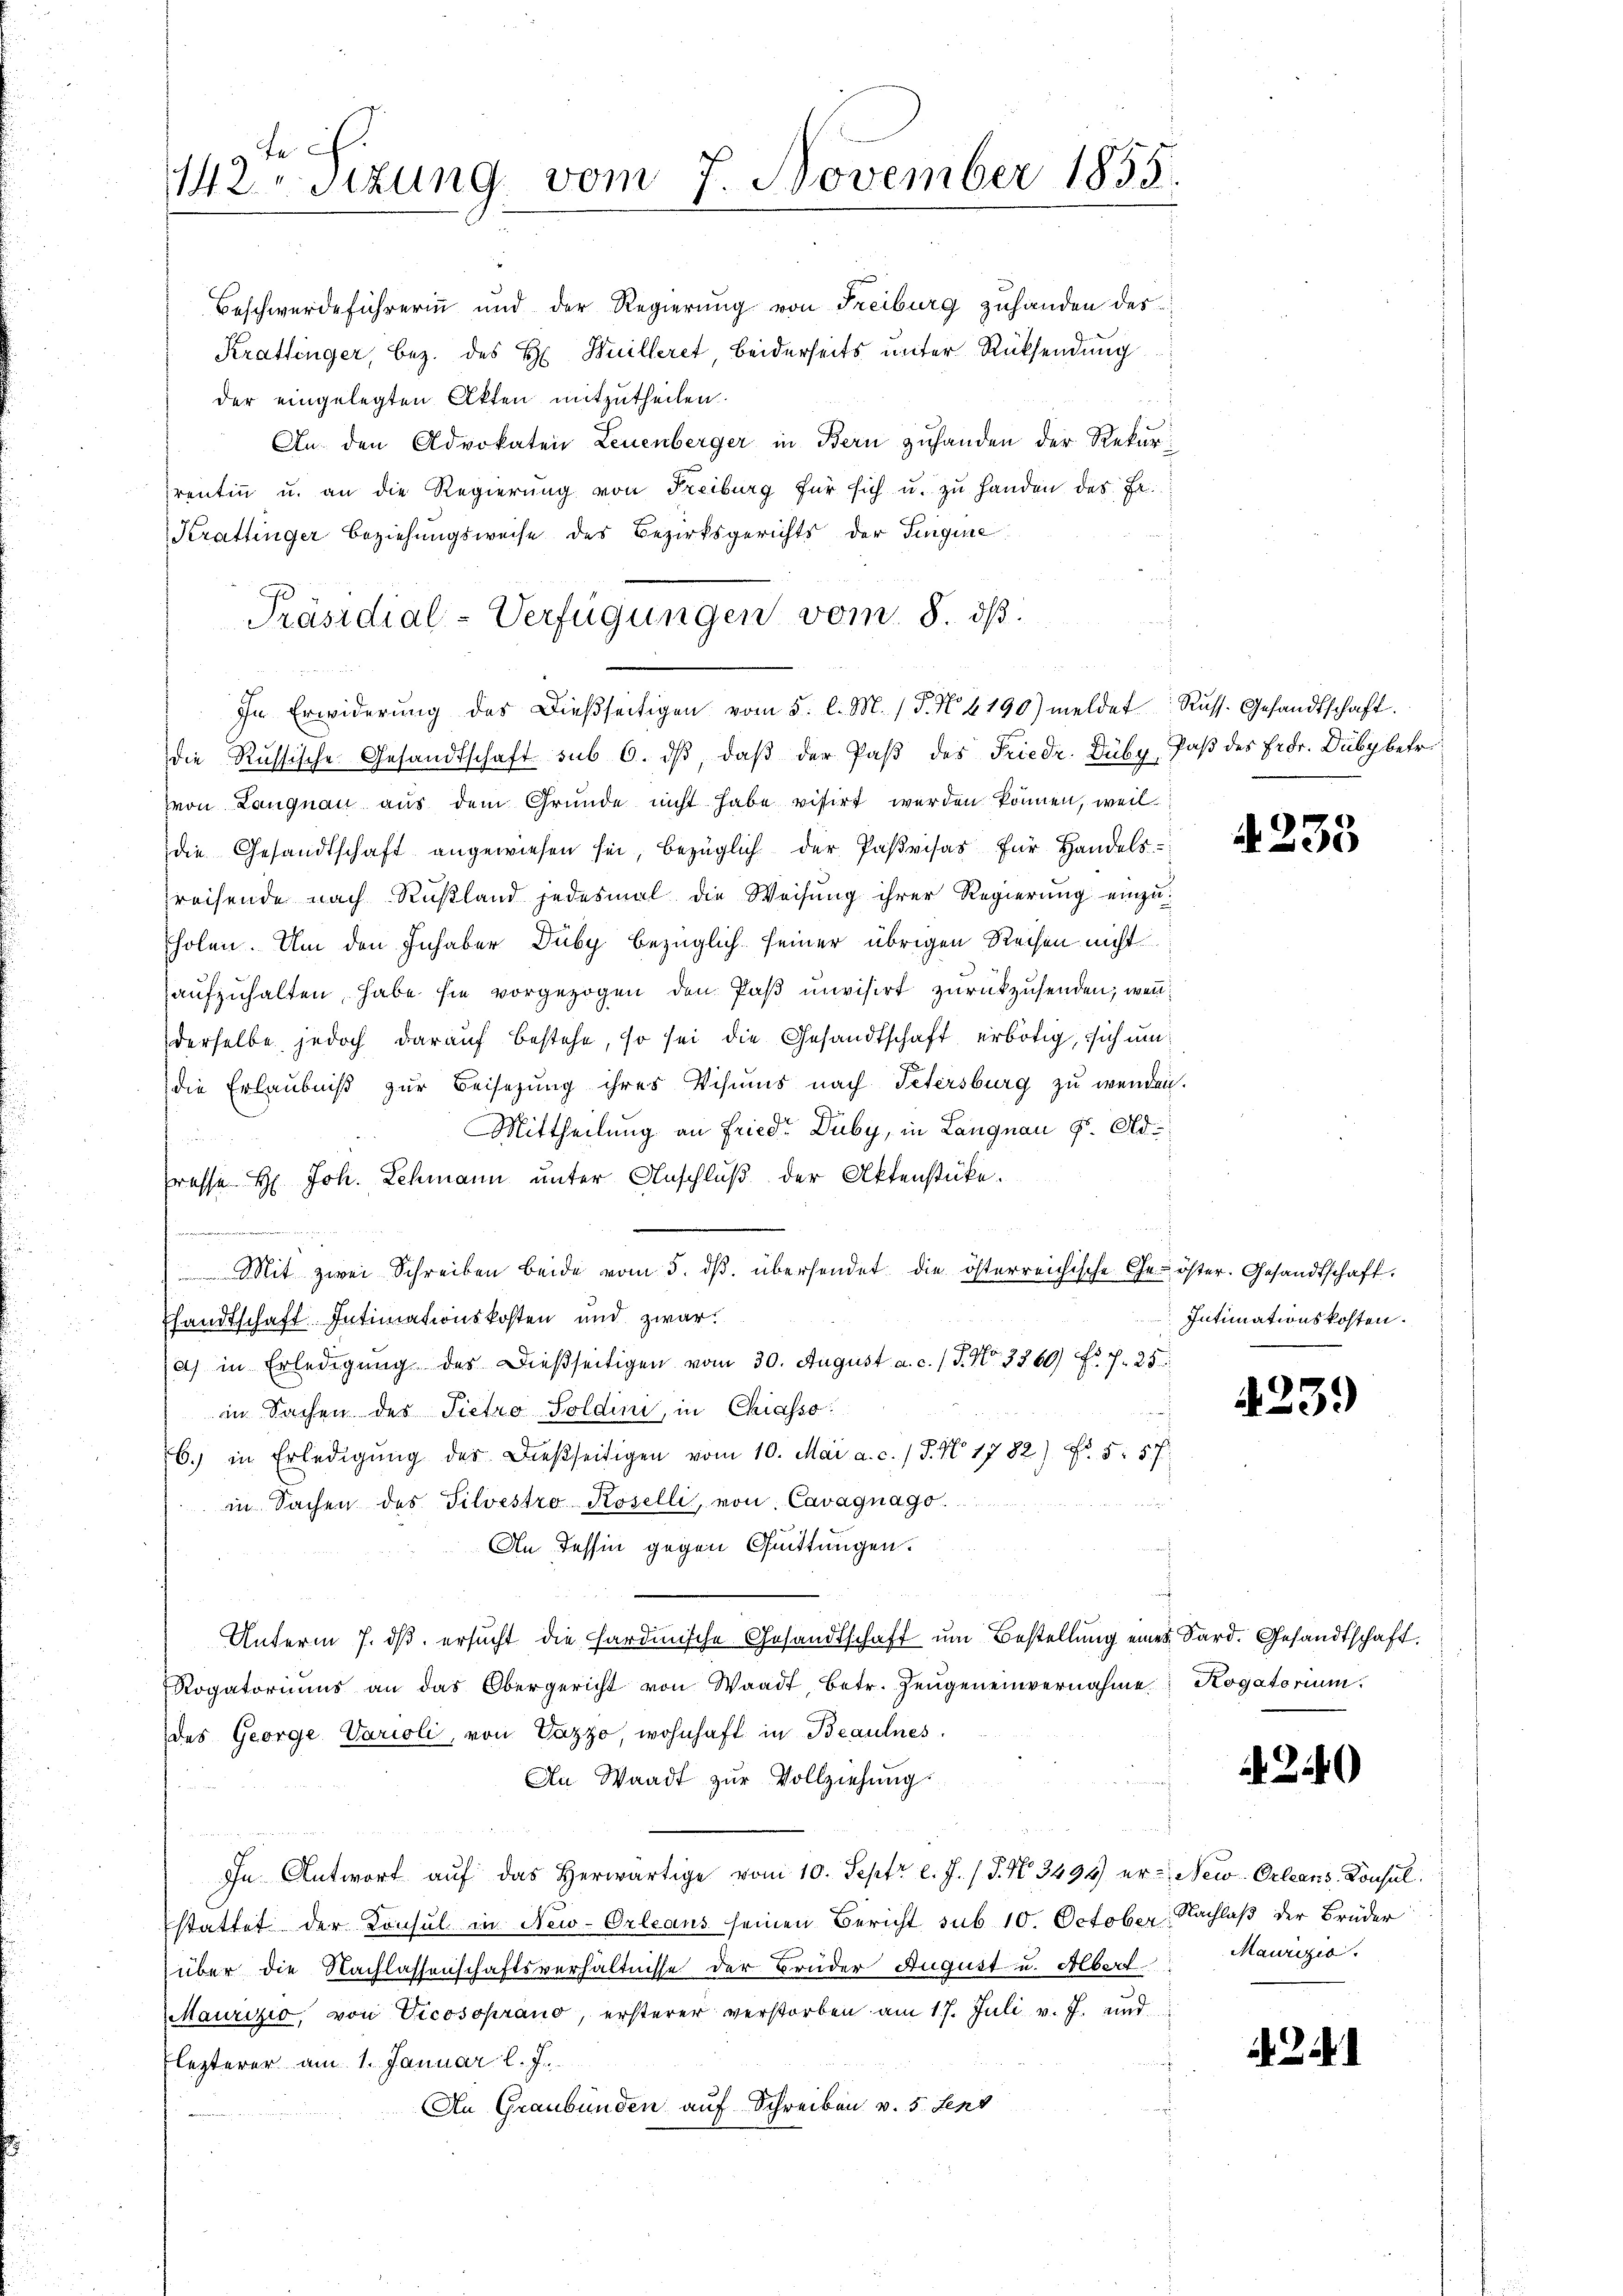
e
12 sizung vom 7. November 1855.

Beschwerdeführerinn und der Regierung von Freiburg zuhanden des
Krattinger, bez. des H: Huilleret, beiderseits unter Rücksendung
der eingelegten Akten mitzutheilen.
An den Advokaten Leuenberger in Bern zuhanden der Rekurrentin u. an die Regierung von Freiburg für sich u. zŭ handen des Fe
Krattinger Beziehungsweise des Bezirksgerichts der Fingine
von Langnau aus dem Grunde nicht habe visirt werden können, weil
die Gesandtschaft angewiesen sei, bezüglich der Pasvisas für Handels-
reisende nach Rußland jedesmal die Weisung ihrer Regierung einzuholen. Um den Inhaber Duby bezüglich seiner übrigen Reisen nicht
aufzuhalten habe sie vorgezogen den Paß inivisirt zurückzusenden; wenn
derselbe jedoch darauf bestehe, so sei die Gesandtschaft erbötig, sich um
die Erlaubniß zur Beisezung ihres Visums nach Petersburg zu wenden.
Mittheilung an Friedr Duby, in Langnau v. Ad¬

resse H. Joh. Schmann unter Anschluß der Aktenstücke.
e
Mit zwei Schreiben beide vom 5. dβ. übersendet die österreichische Ge- öster. Gesandtschaft,
sandtschaft Intimationskosten und zwar
a) in Erledigŭng des Dießseitigen vom 30. August a. c. l. J. No. 3360 fr. f. 25
in Sachen der Pietro Soldini, in Chiasso
6.) in Erledigŭng des dießseitigen vom 10. Mai a. c. 1 S. Nr. 1782) Fr. 5. 57
u
in Sachen des Silvestro Koselli, von Cavagnago
An Tessin gegen Quittungen.
Unterm 7. dβ ersucht die Hardinische Gesandtschaft um Bestellung eines Sard. Gesandtschaft.
Rogatoriums an das Obergericht von Waadt, betr. Zeŭgeneinvernahme Rogatorium.
des George Varioli, von Vazzo, wohnhaft in Beaulnes.
An Waadt zur Vollziehung
In Antwort auf das herwärtige vom 10. Septr l. J. (T. No. 3494) er- New-Orleans, Konsulstattet der Konsul in New-Orleans seinen Bericht sub 10. October Nachlaß der Brüder
über die Nachlassenschaftsverhältnisse der Bruder August u. Albert
Maurizio, von Vicosoprano, ersterer verstorben am 17. Juli v. J. und
Flezterer am 1. Januar l. J.
An Graubünden auf Schreiben v. 5. Jens

Präsidial-Verfügungen vom 8. ds.
In Erwiderung des Dießseitigen vom 5. l. M. / 5. No 6190) meldet Russ. Gesandtschaft.
die Russische Gesandtschaft sub 6. dβ, daβ der Paβ des Friedr. Duby Paß des Fedr. Duby betr.

d. 233

Intimationskosten.

423.

240

Maurizic.